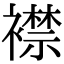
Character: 襟